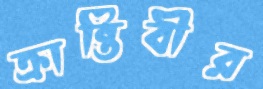
ক্রান্তিবীর